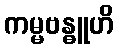
ကမ္မဗန္ဓူဟိ